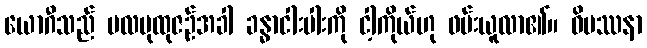
ယောဂီသည် ဗလပုထုဇဉ်အခါ ခန္ဓာငါးပါးကို ငါ့ကိုယ်ဟု ဖမ်းယူလာ၏။ ဝိပဿနာ